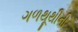
ગળથૂથીની